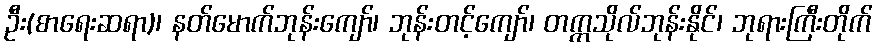
ဦး(စာရေးဆရာ)၊ နတ်မောက်ဘုန်းကျော်၊ ဘုန်းတင့်ကျော်၊ တက္ကသိုလ်ဘုန်းနိုင်၊ ဘုရားကြီးတိုက်